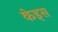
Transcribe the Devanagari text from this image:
केइस